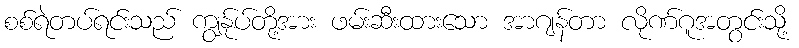
စစ်ရဲတပ်ရင်းသည် ကျွန်ုပ်တို့အား ဖမ်းဆီးထားသော အာဂျန်တာ လိုဏ်ဂူအတွင်းသို့